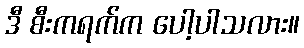
ဒီ စီးကရက်က ပေါ့ပါသလား။